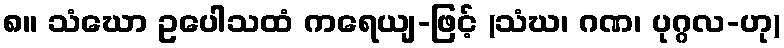
၈။ သံဃော ဥပေါသထံ ကရေယျ-ဖြင့် (သံဃ၊ ဂဏ၊ ပုဂ္ဂလ-ဟု)